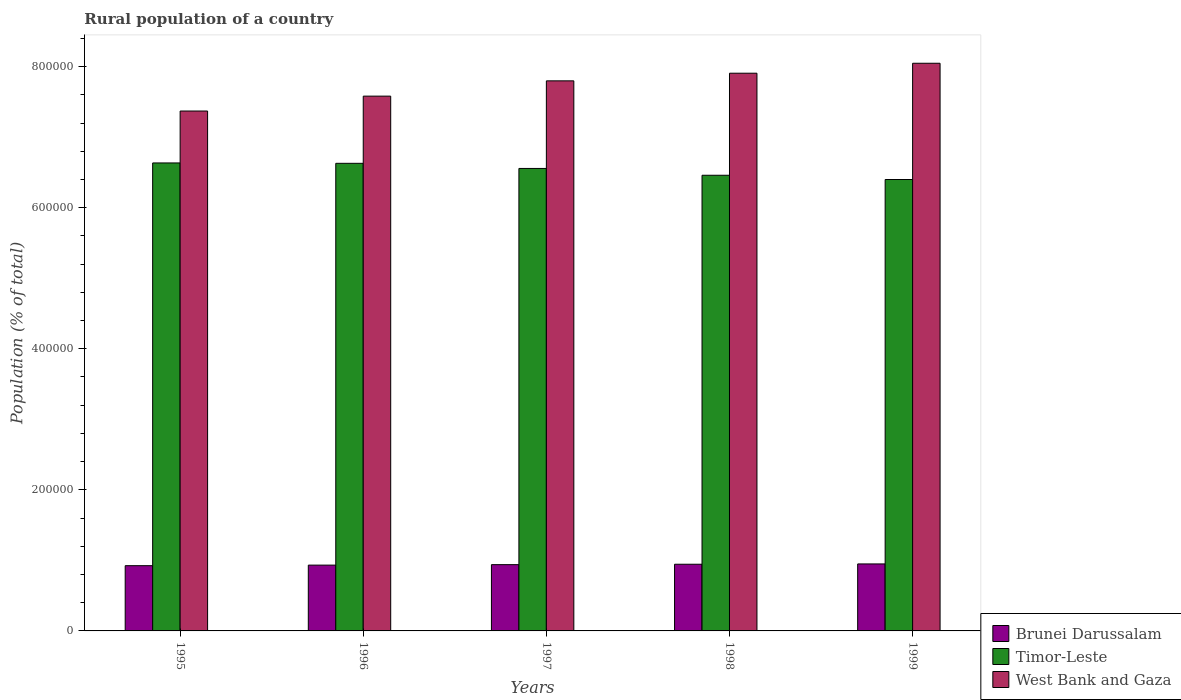
| Years | Brunei Darussalam | Timor-Leste | West Bank and Gaza |
 | --- | --- | --- | --- |
 | 1995 | 9.25e+04 | 6.63e+05 | 7.37e+05 |
 | 1996 | 9.33e+04 | 6.63e+05 | 7.58e+05 |
 | 1997 | 9.4e+04 | 6.56e+05 | 7.8e+05 |
 | 1998 | 9.45e+04 | 6.46e+05 | 7.91e+05 |
 | 1999 | 9.5e+04 | 6.4e+05 | 8.05e+05 |